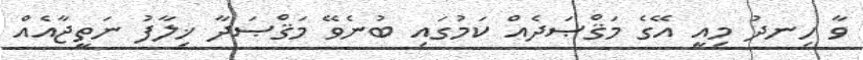
ވާ ހިނދު މިއީ އޭގެ މަޤްޞަދެއް ކަމުގައި ބުނެވޭ މަޤްޞަދާ ޚިލާފު ނަތީޖާއެއް